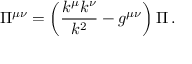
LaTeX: \Pi ^ { \mu \nu } = \left( \frac { k ^ { \mu } k ^ { \nu } } { k ^ { 2 } } - g ^ { \mu \nu } \right) \Pi \, .